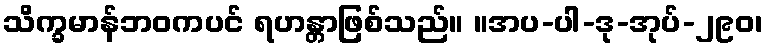
သိက္ခမာန်ဘဝကပင် ရဟန္တာဖြစ်သည်။ ။အပ-ပါ-ဒု-အုပ်-၂၉၀၊